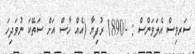
ސަރވިސް އެލަވަންސް : -/1890 ރުފިޔާ (އެއް ހާސް އަށް ސަތޭކަ ނުވަދިހަ